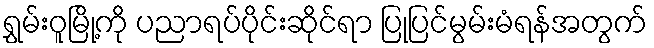
ရွှမ်းဝူမြို့ကို ပညာရပ်ပိုင်းဆိုင်ရာ ပြုပြင်မွမ်းမံရန်အတွက်